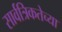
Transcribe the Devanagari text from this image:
सार्वत्रिकतेच्या